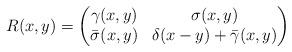
LaTeX: \begin{align*} R(x, y) = \begin{pmatrix} \gamma(x, y) & \sigma(x, y)\\ \bar\sigma(x, y) & \delta(x-y) + \bar\gamma(x, y) \end{pmatrix}\end{align*}